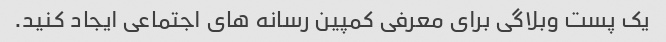
یک پست وبلاگی برای معرفی کمپین رسانه های اجتماعی ایجاد کنید.